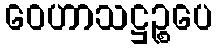
ဝေဟာသဋ္ဌဉ္စပေ